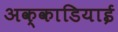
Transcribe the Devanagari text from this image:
अक्काडियाई